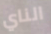
الناي